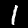
Digit: 1